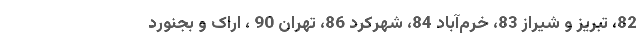
82، تبریز و شیراز 83، خرم‌آباد 84، شهرکرد 86، تهران 90 ، اراک و بجنورد